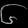
Digit: ၆